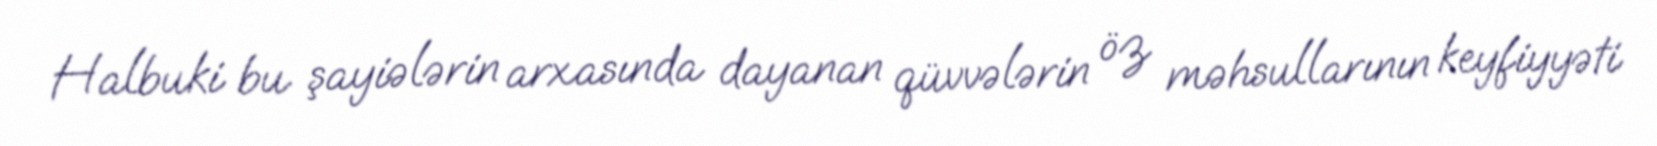
Halbuki bu şayiələrin arxasında dayanan qüvvələrin öz məhsullarının keyfiyyəti